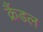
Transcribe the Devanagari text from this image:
क्रैंडल